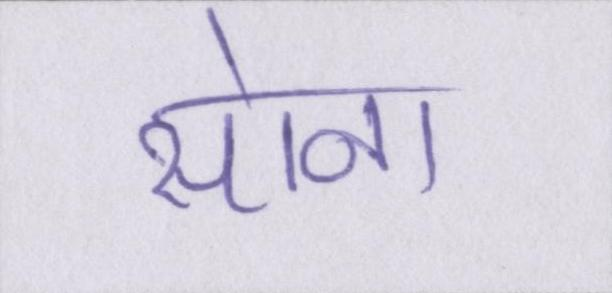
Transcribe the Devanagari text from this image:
सोना